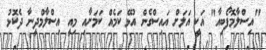
"އިސްލާމޮފޯބިއާ" އަކީ އަލަށް އައިސްގެން އުޅޭ ކަމެއް ކަމަށާއި މިއީ އިސްލާމްދީނާ ދެކޮޅު